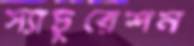
স্যাচুরেশন